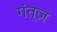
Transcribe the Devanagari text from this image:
गंत्ज़